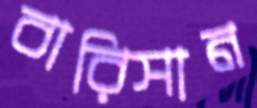
বারিসান